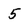
Character: 5